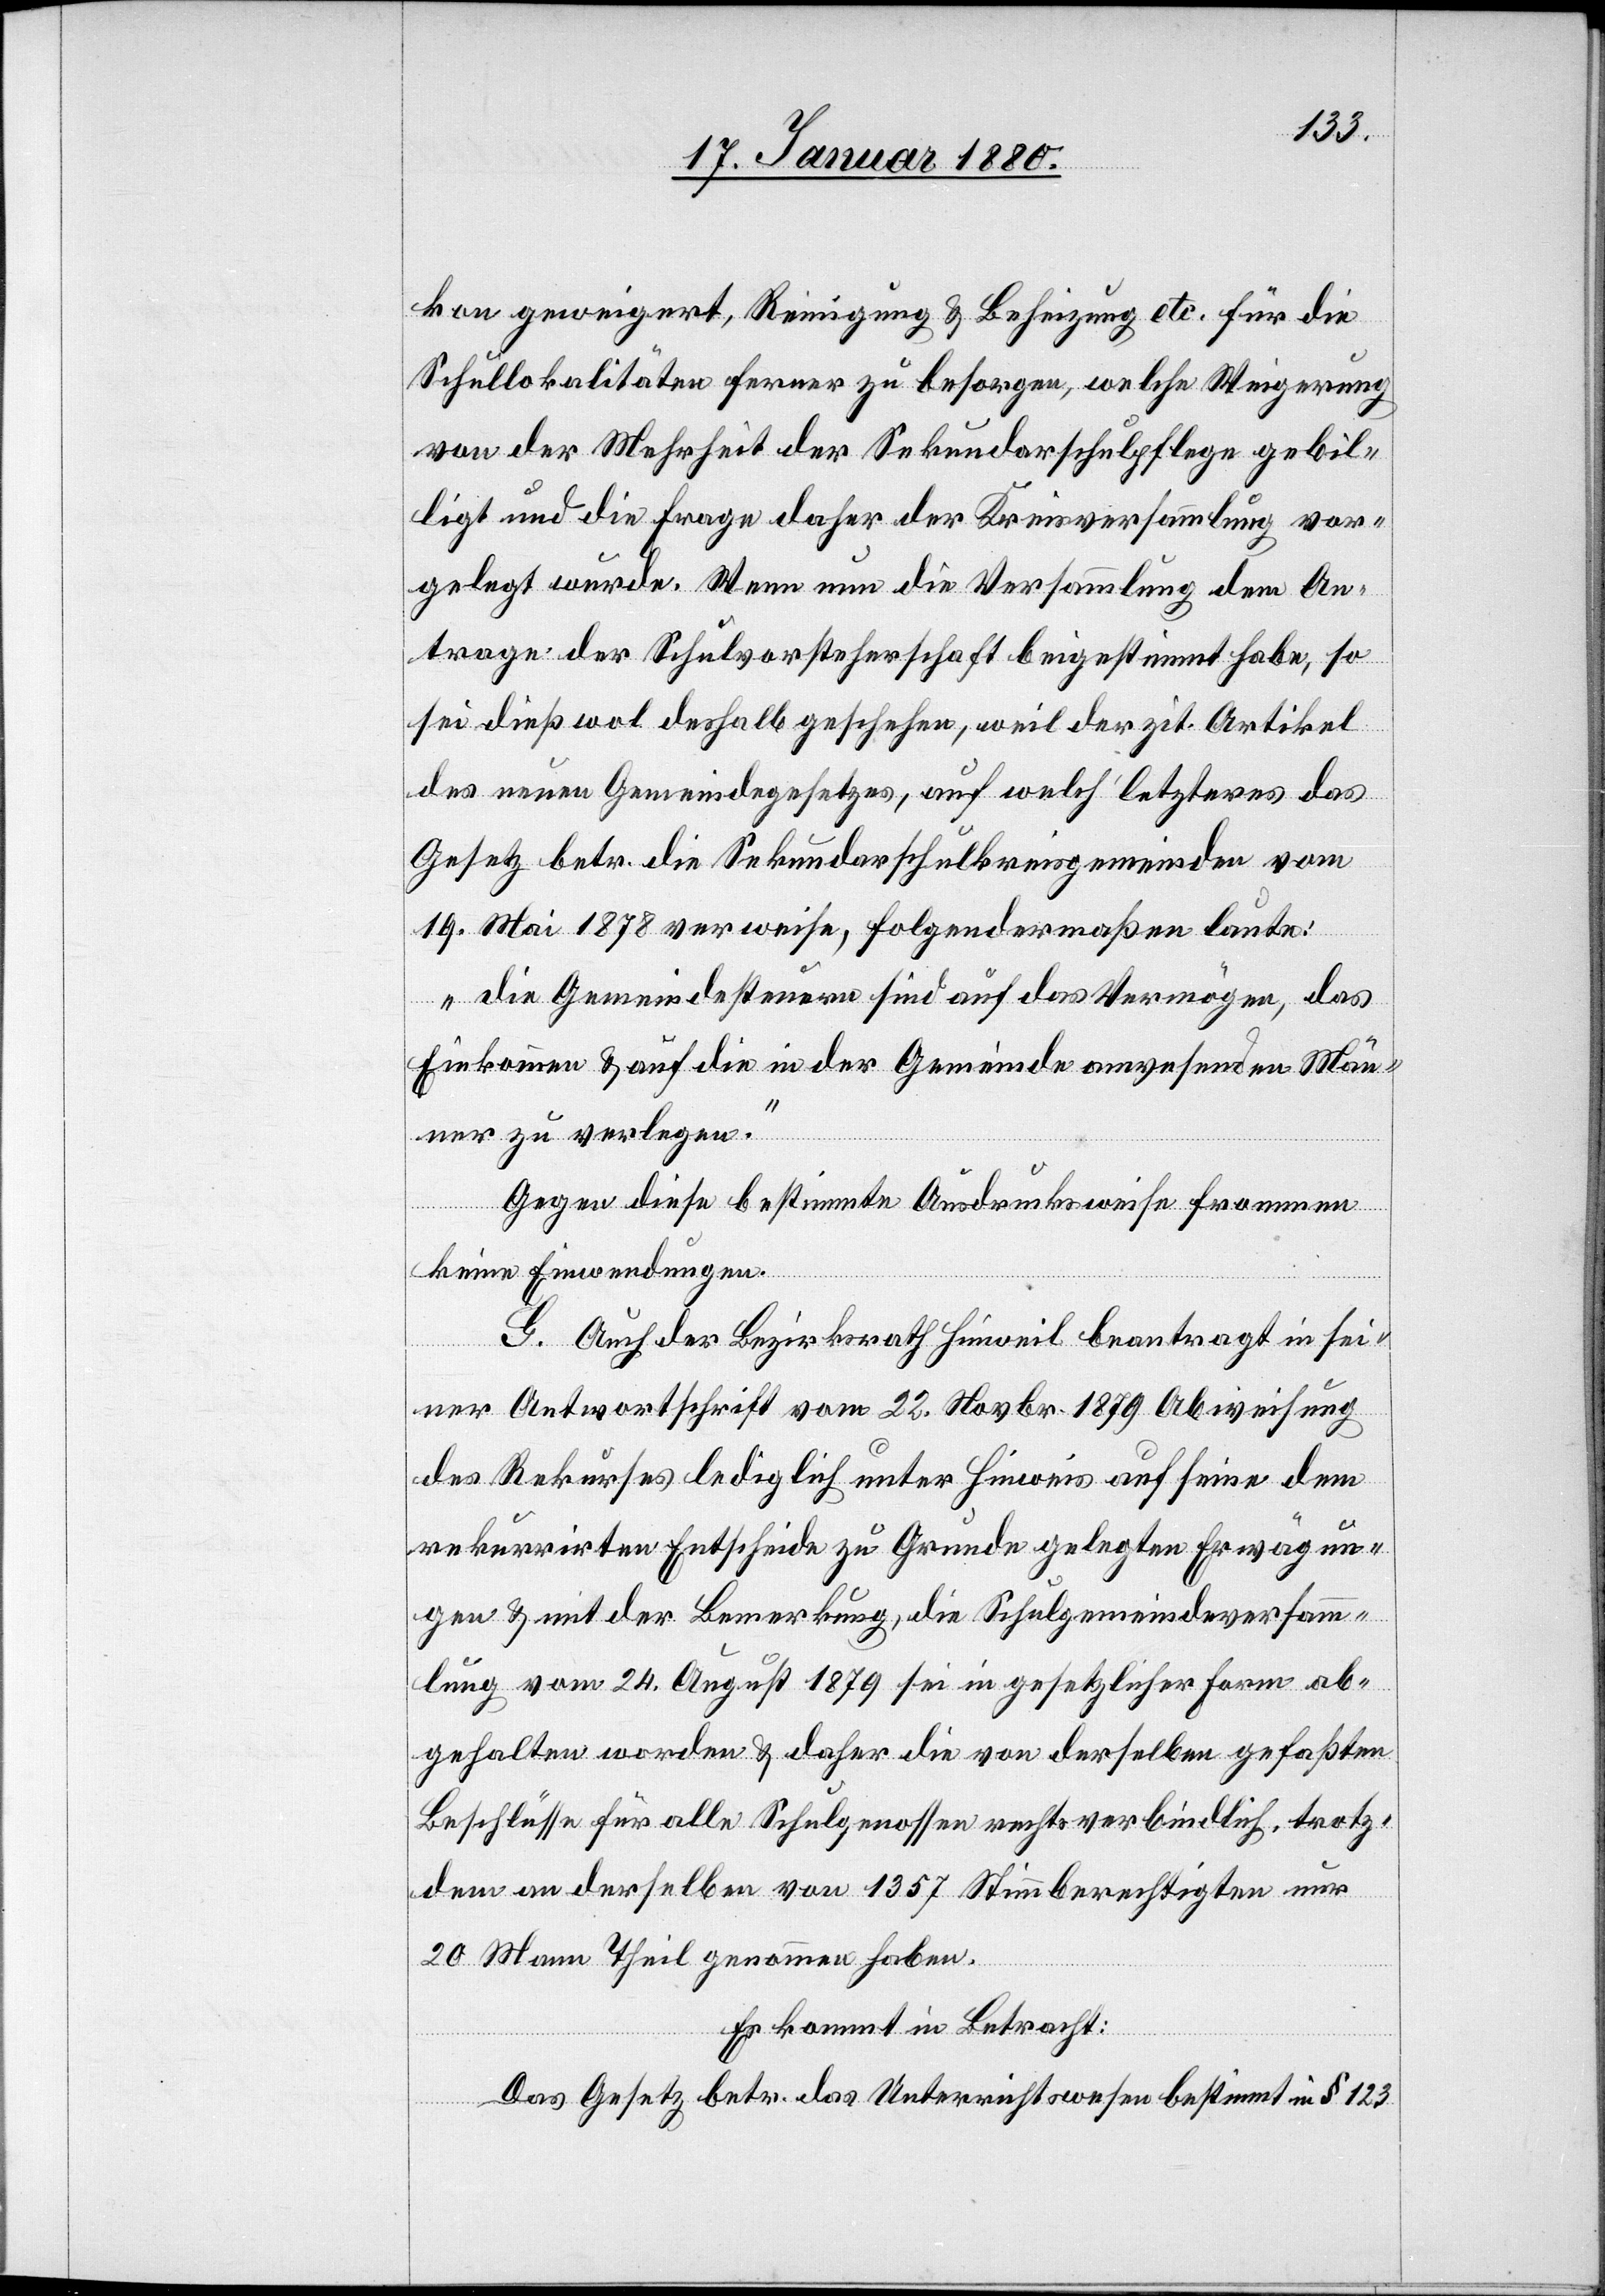
kon geweigert, Reinigung & Beheizung etc. für die
Schullokalitäten ferner zu besorgen, welche Weigerung
von der Mehrheit der Sekundarschulpflege gebil¬
ligt und die Frage daher der Kreisversammlung vor¬
gelegt wurde. Wenn nun die Versammlung dem An¬
trage der Schulvorsteherschaft beigestimmt habe, so
sei dieß wol deshalb geschehen, weil der zit. Artikel
des neuen Gemeindegesetzes, auf welch‘ letzteres das
Gesetz betr. die Sekundarschulkreisgemeinden vom
19. Mai 1878 verweise, folgendermaßen laute:
„Die Gemeindesteuern sind auf das Vermögen, das
Einkommen & auf die in der Gemeinde anwesenden Män¬
ner zu verlegen.“
Gegen diese bestimmte Ausdrucksweise frommen
keine Einwendungen.
G. Auch der Bezirksrath Hinweil beantragt in sei¬
ner Antwortschrift vom 22. Novbr. 1879 Abweisung
des Rekurses lediglich unter Hinweis auf seine dem
rekurrirten Entscheide zu Grunde gelegten Erwägun¬
gen & mit der Bemerkung, die Schulgemeindeversamm¬
lung vom 24. August 1879 sei in gesetzlicher Form ab¬
gehalten worden & daher die von derselben gefaßten
Beschlüsse für alle Schulgenossen rechtsverbindlich, trotz¬
dem an derselben von 1357 Stimmberechtigten nur
20 Mann Theil genommen haben.
Es kommt in Betracht:
Das Gesetz betr. das Unterrichtswesen bestimmt in § 123